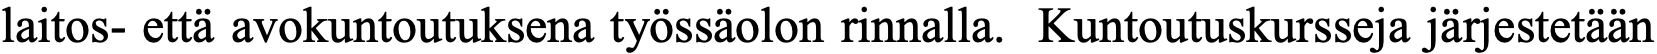
laitos- että avokuntoutuksena työssäolon rinnalla. Kuntoutuskursseja järjestetään